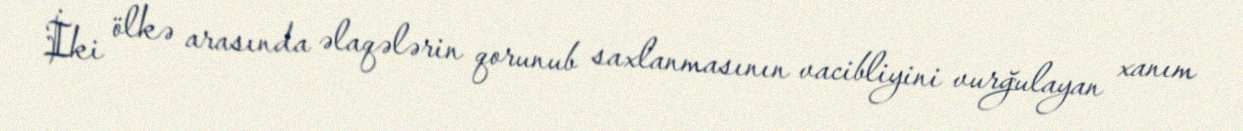
İki ölkə arasında əlaqələrin qorunub saxlanmasının vacibliyini vurğulayan xanım